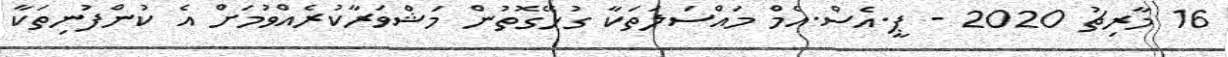
16 މާރިޗު 2020 - ޕީ.އެސް.އެމް މައްސަލަތަކާ ގުޅޭގޮތުން މަޝްވަރާކުރެއްވުމަށް އެ ކުންފުނިތަކާ